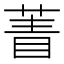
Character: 𦴀